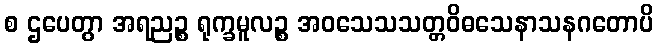
စ ဌပေတွာ အရညဉ္စ ရုက္ခမူလဉ္စ အဝသေသသတ္တဝိဓသေနာသနဂတောပိ